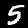
Digit: 5